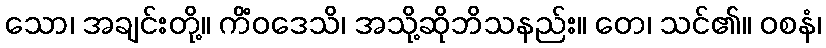
သော၊ အချင်းတို့။ ကိံဝဒေသိ၊ အသို့ဆိုဘိသနည်း။ တေ၊ သင်၏။ ဝစနံ၊